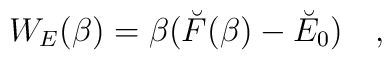
W_E(\beta)=\beta (\breve{F}(\beta) - \breve{E}_0)~~~,